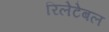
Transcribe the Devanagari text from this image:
रिलेटेबल